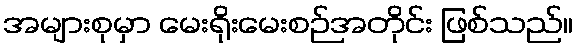
အများစုမှာ မေးရိုးမေးစဉ်အတိုင်း ဖြစ်သည်။